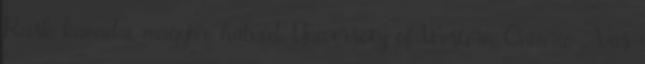
Rusk kanadai-magyar, hátvéd, Universoty of Western Ontario , Vas